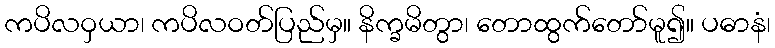
ကပိလဝှယာ၊ ကပိလဝတ်ပြည်မှ။ နိက္ခမိတွာ၊ တောထွက်တော်မူ၍။ ပဓာနံ၊